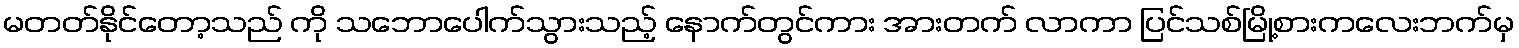
မတတ်နိုင်တော့သည် ကို သဘောပေါက်သွားသည့် နောက်တွင်ကား အားတက် လာကာ ပြင်သစ်မြို့စားကလေးဘက်မှ